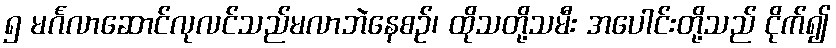
၅ မင်္ဂလာဆောင်လုလင်သည်မလာဘဲနေစဉ်၊ ထိုသတို့သမီး အပေါင်းတို့သည် ငိုက်၍